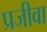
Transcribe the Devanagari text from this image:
प्रजीवा